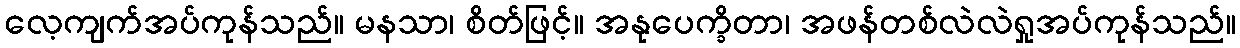
လေ့ကျက်အပ်ကုန်သည်။ မနသာ၊ စိတ်ဖြင့်။ အနုပေက္ခိတာ၊ အဖန်တစ်လဲလဲရှုအပ်ကုန်သည်။